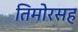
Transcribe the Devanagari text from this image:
तिमोरसह